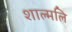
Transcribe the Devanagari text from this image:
शाल्मलि